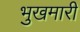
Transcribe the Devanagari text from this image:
भुखमारी